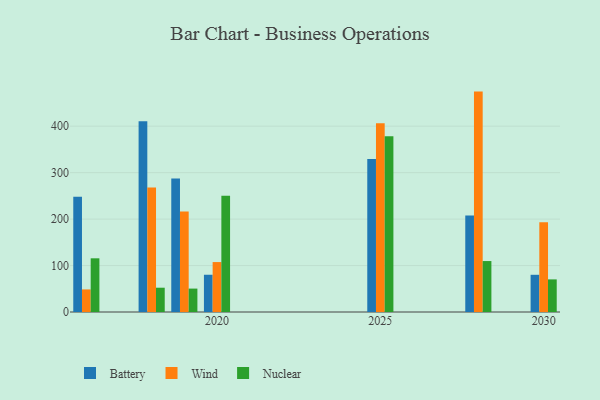
{"axis": {"x": "Year", "y": "Headcount"}, "legend": ["Battery", "Nuclear", "Wind"], "data": [{"x": "2019", "y": 287.3, "type": "Battery"}, {"x": "2019", "y": 216.3, "type": "Wind"}, {"x": "2019", "y": 50.4, "type": "Nuclear"}, {"x": "2025", "y": 329.6, "type": "Battery"}, {"x": "2025", "y": 406.4, "type": "Wind"}, {"x": "2025", "y": 378.4, "type": "Nuclear"}, {"x": "2018", "y": 410.5, "type": "Battery"}, {"x": "2018", "y": 267.9, "type": "Wind"}, {"x": "2018", "y": 52.3, "type": "Nuclear"}, {"x": "2016", "y": 248.1, "type": "Battery"}, {"x": "2016", "y": 48.6, "type": "Wind"}, {"x": "2016", "y": 115.6, "type": "Nuclear"}, {"x": "2030", "y": 80.1, "type": "Battery"}, {"x": "2030", "y": 193.4, "type": "Wind"}, {"x": "2030", "y": 70.2, "type": "Nuclear"}, {"x": "2028", "y": 207.9, "type": "Battery"}, {"x": "2028", "y": 474.5, "type": "Wind"}, {"x": "2028", "y": 109.7, "type": "Nuclear"}, {"x": "2020", "y": 80.2, "type": "Battery"}, {"x": "2020", "y": 107.5, "type": "Wind"}, {"x": "2020", "y": 250.5, "type": "Nuclear"}]}